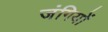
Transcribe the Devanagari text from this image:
जंगियों